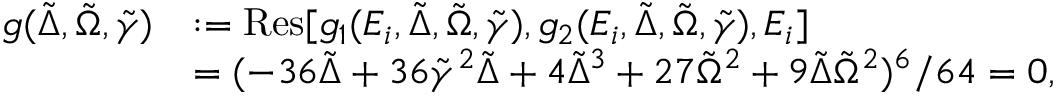
\begin{array} { r l } { g ( \tilde { \Delta } , \tilde { \Omega } , \tilde { \gamma } ) } & { : = \mathrm { R e s } [ g _ { 1 } ( E _ { i } , \tilde { \Delta } , \tilde { \Omega } , \tilde { \gamma } ) , g _ { 2 } ( E _ { i } , \tilde { \Delta } , \tilde { \Omega } , \tilde { \gamma } ) , E _ { i } ] } \\ & { = ( - 3 6 \tilde { \Delta } + 3 6 \tilde { \gamma } ^ { 2 } \tilde { \Delta } + 4 \tilde { \Delta } ^ { 3 } + 2 7 \tilde { \Omega } ^ { 2 } + 9 \tilde { \Delta } \tilde { \Omega } ^ { 2 } ) ^ { 6 } / 6 4 = 0 , } \end{array}